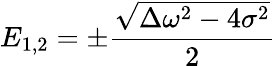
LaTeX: E_{1,2}=\pm\frac{\sqrt{\Delta\omega^{2}-4\sigma^{2}}}{2}